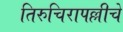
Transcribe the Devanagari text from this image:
तिरुचिरापल्लीचे